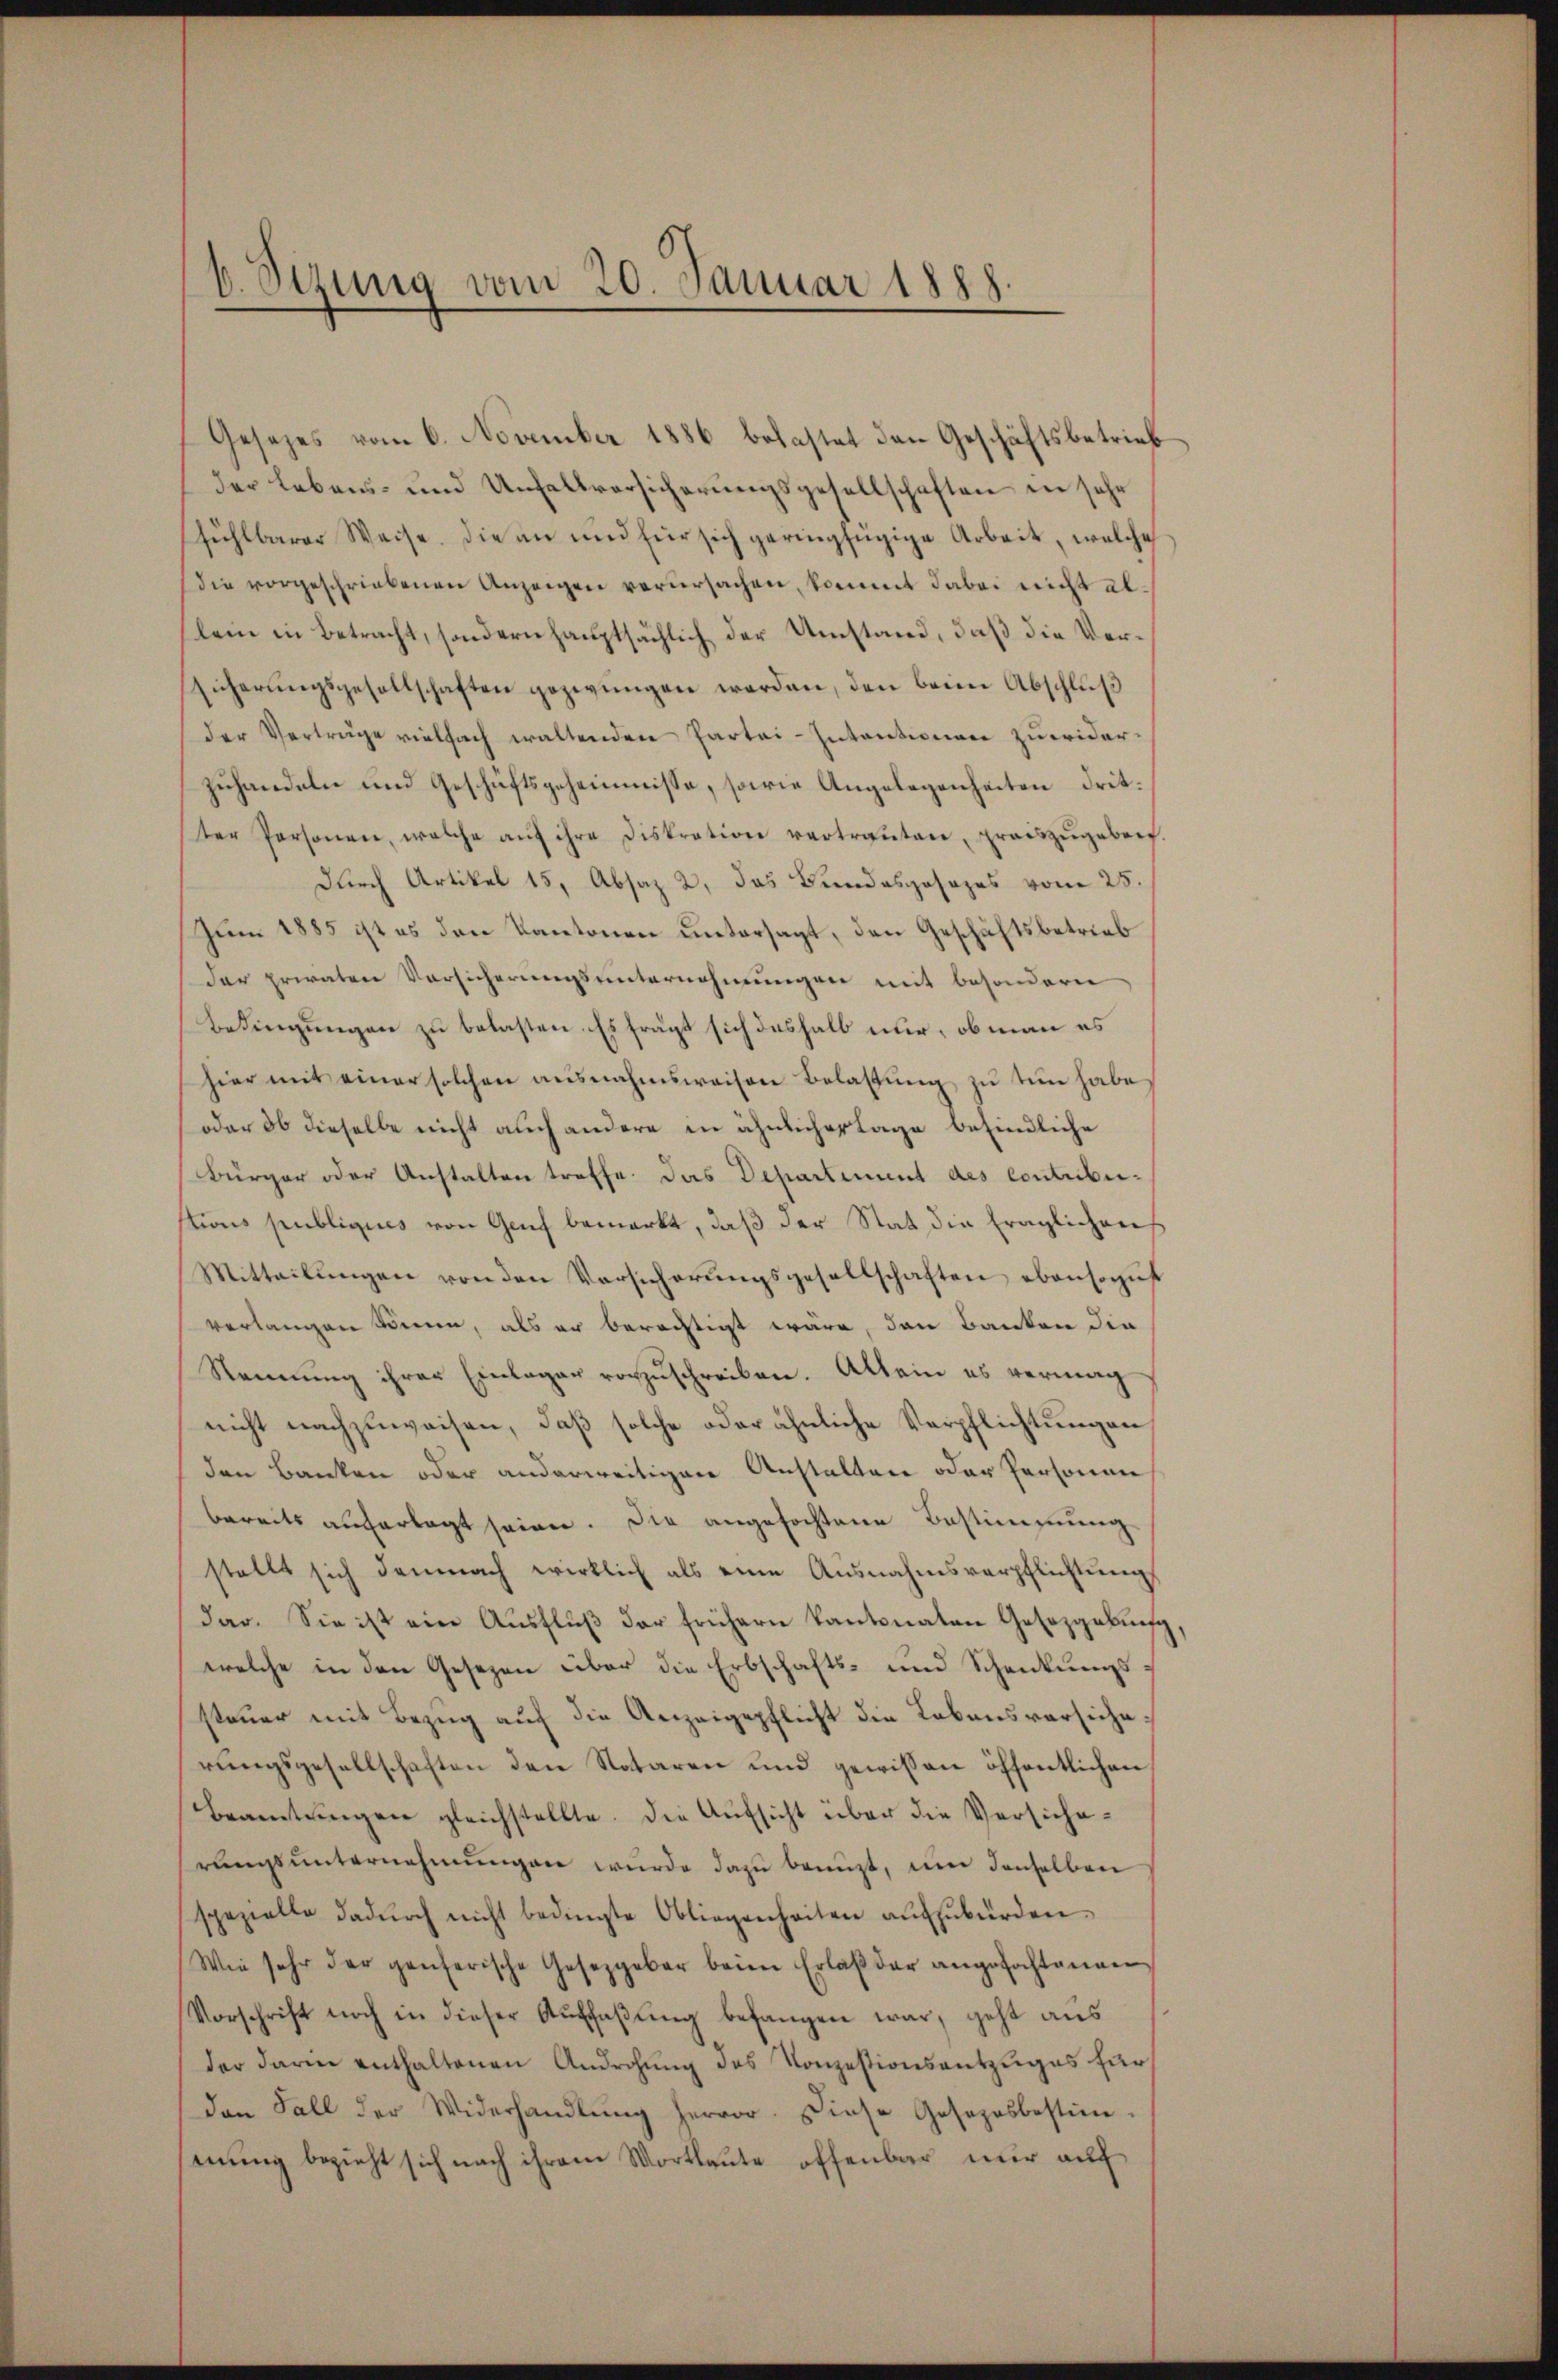
b. Sizung vom 20. Januar 1888.

fühlbarer Weise. Die an und für sich geringfügige Arbeit, welche
die vorgeschriebenen Anzeigen verŭrsachen, kommt dabei nicht allein in Betracht, sondernhauptsächlich der Umstand, daß die Ver¬
Eicherŭngsgesellschaften gezwungen werden, den beim Abschlŭβ
der Verträge vielfach waltenden Partei-Intentionen zuwiderzuhandeln und Geschäftsgeheimnisse, sowie Angelegenheiten drit.
ter Personen, welche aŭf ihre diskration vertrauten, praŭszŭgebert.
durch Artikel 15, Absaz 2, das Bundesgesezes vom 25.
Jum 1885 ist es den Kantonen untersagt, den Geschäftsbetrieb
der privaten Vorsicherungsunternehmungen mit besondern
Bedingungen zu belasten. Es frägt sich deshalb nur, ob man es
hier mit einer solchen ausnahmsweisen Belastŭng zu tun habe
oder 36 dieselbe nicht auch andere in ähnlicher Lage befindliche
Bürger oder Anstalten treffe. Das Departement des contubutions publiques von Genf bemerkt, daß der Stat die fraglichens
Mitteilŭngen von den Versicherŭngsgesellschaften ebensorŭf
verlangen können, als er berechtigt wäre, dann Banken die
Nennung ihrer Einlager vorzŭschreiben. Allein es vermag
nicht nachzuweisen, daß solche oder ähnliche Verpflichtungen
den Banken oder anderweitigen Anstalten oder Personen
bereits auferlegt seien. Die angefochtene Bestimmung
stellt sich demnach wirklich als eine Ausnahmsverpflichtungs
dar. Sie ist ein Aŭsflŭβ der frühern Kantonaten Gesezgabŭng
welche in den Gesezen über die Erbschafts- und Schenkungssteŭer mit Bezŭg aŭf die Anzeigepflicht die Lebensversiche.
rŭngsgesellschaften den Notaren und gewissen öffentlichen
Beamtungen gleichstellte. Die Aufsicht über die Versicherŭngsŭnternehmungen wurde dazu benuzt, um denselben
spezielle dadŭrch nicht bedingte Obliegenheiten aŭfzŭbürden.
Wie sehr der ganzerische Gesetzgeber beim Erlaß der angefochtanen
Vorschrift noch in dieser Auffaßung befangen war, geht aus
der darin enthaltenen Androhung des Konzestionsentzuges für
dan Fall der Widerhandlŭng hervor. Diese Gesezesbestim-
mung bezieht sich nach ihrem Wortlaute offenbar nur auf

Gesetzes vom 6. November 1886 belastet den Geschäftsbetrieb
der Lebens- und Unfallvorsicherungsgesellschaften in sehr